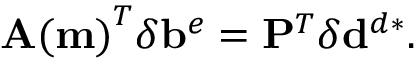
\mathbf { A ( m ) } ^ { T } \delta \mathbf { b } ^ { e } = \mathbf { P } ^ { T } \delta \mathbf { d } ^ { d * } .